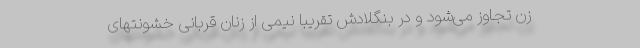
زن تجاوز می‌شود و در بنگلادش تقریبا نیمی از زنان قربانی خشونتهای